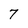
Character: 7